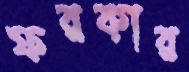
ফরকার